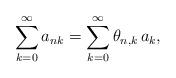
LaTeX: \begin{align*}\sum_{k=0}^{\infty }a_{nk}=\sum_{k=0}^{\infty }\theta _{n,k}\,a_{k},\end{align*}